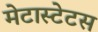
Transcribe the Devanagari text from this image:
मेटास्टेटस